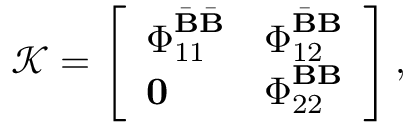
\mathcal { K } = \left[ \begin{array} { l l } { \boldsymbol { \Phi } _ { 1 1 } ^ { \bar { \mathbf { B } } \bar { \mathbf { B } } } } & { \boldsymbol { \Phi } _ { 1 2 } ^ { \bar { \mathbf { B } } \mathbf { B } } } \\ { \mathbf { 0 } } & { \boldsymbol { \Phi } _ { 2 2 } ^ { \mathbf { B } \mathbf { B } } } \end{array} \right] ,